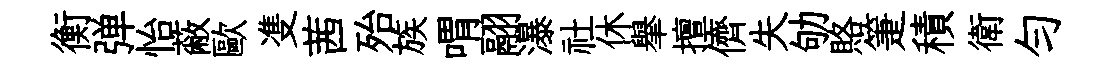
衡弹怡蔽歐㕠茜殆族喟翮瀑社休𦦙擅儕失劬賂箑積衛匀